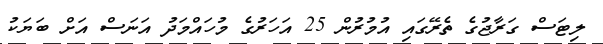
ލިޓަސް ގަރާޖުގެ ތެރޭގައި އުމުރުން 25 އަހަރުގެ މުހައްމަދު އަނަސް އަށް ބަޔަކު